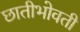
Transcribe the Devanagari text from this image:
छातीभोवती